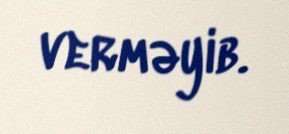
verməyib.